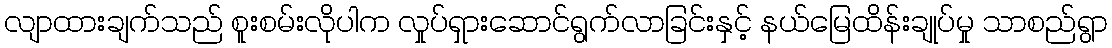
လျာထားချက်သည် စူးစမ်းလိုပါက လှုပ်ရှားဆောင်ရွက်လာခြင်းနှင့် နယ်မြေထိန်းချုပ်မှု သာစည်ရွာ